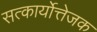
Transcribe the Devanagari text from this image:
सत्कार्योत्तेजक